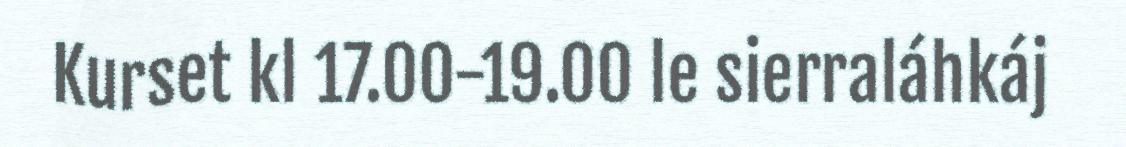
Kurset kl 17.00-19.00 le sierraláhkáj